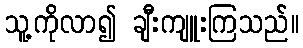
သူ့ကိုလာ၍ ချီးကျူးကြသည်။